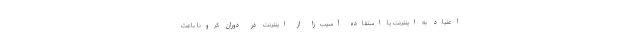
اعتیاد به اینترنت یا استفاده آسیب‌زا از اینترنت در دوران کرونا باعث